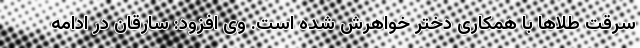
سرقت طلاها با همکاری دختر خواهرش شده است. وی افزود: سارقان در ادامه